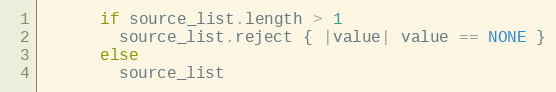
Language: Ruby
      if source_list.length > 1
        source_list.reject { |value| value == NONE }
      else
        source_list